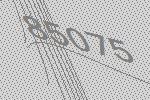
85075